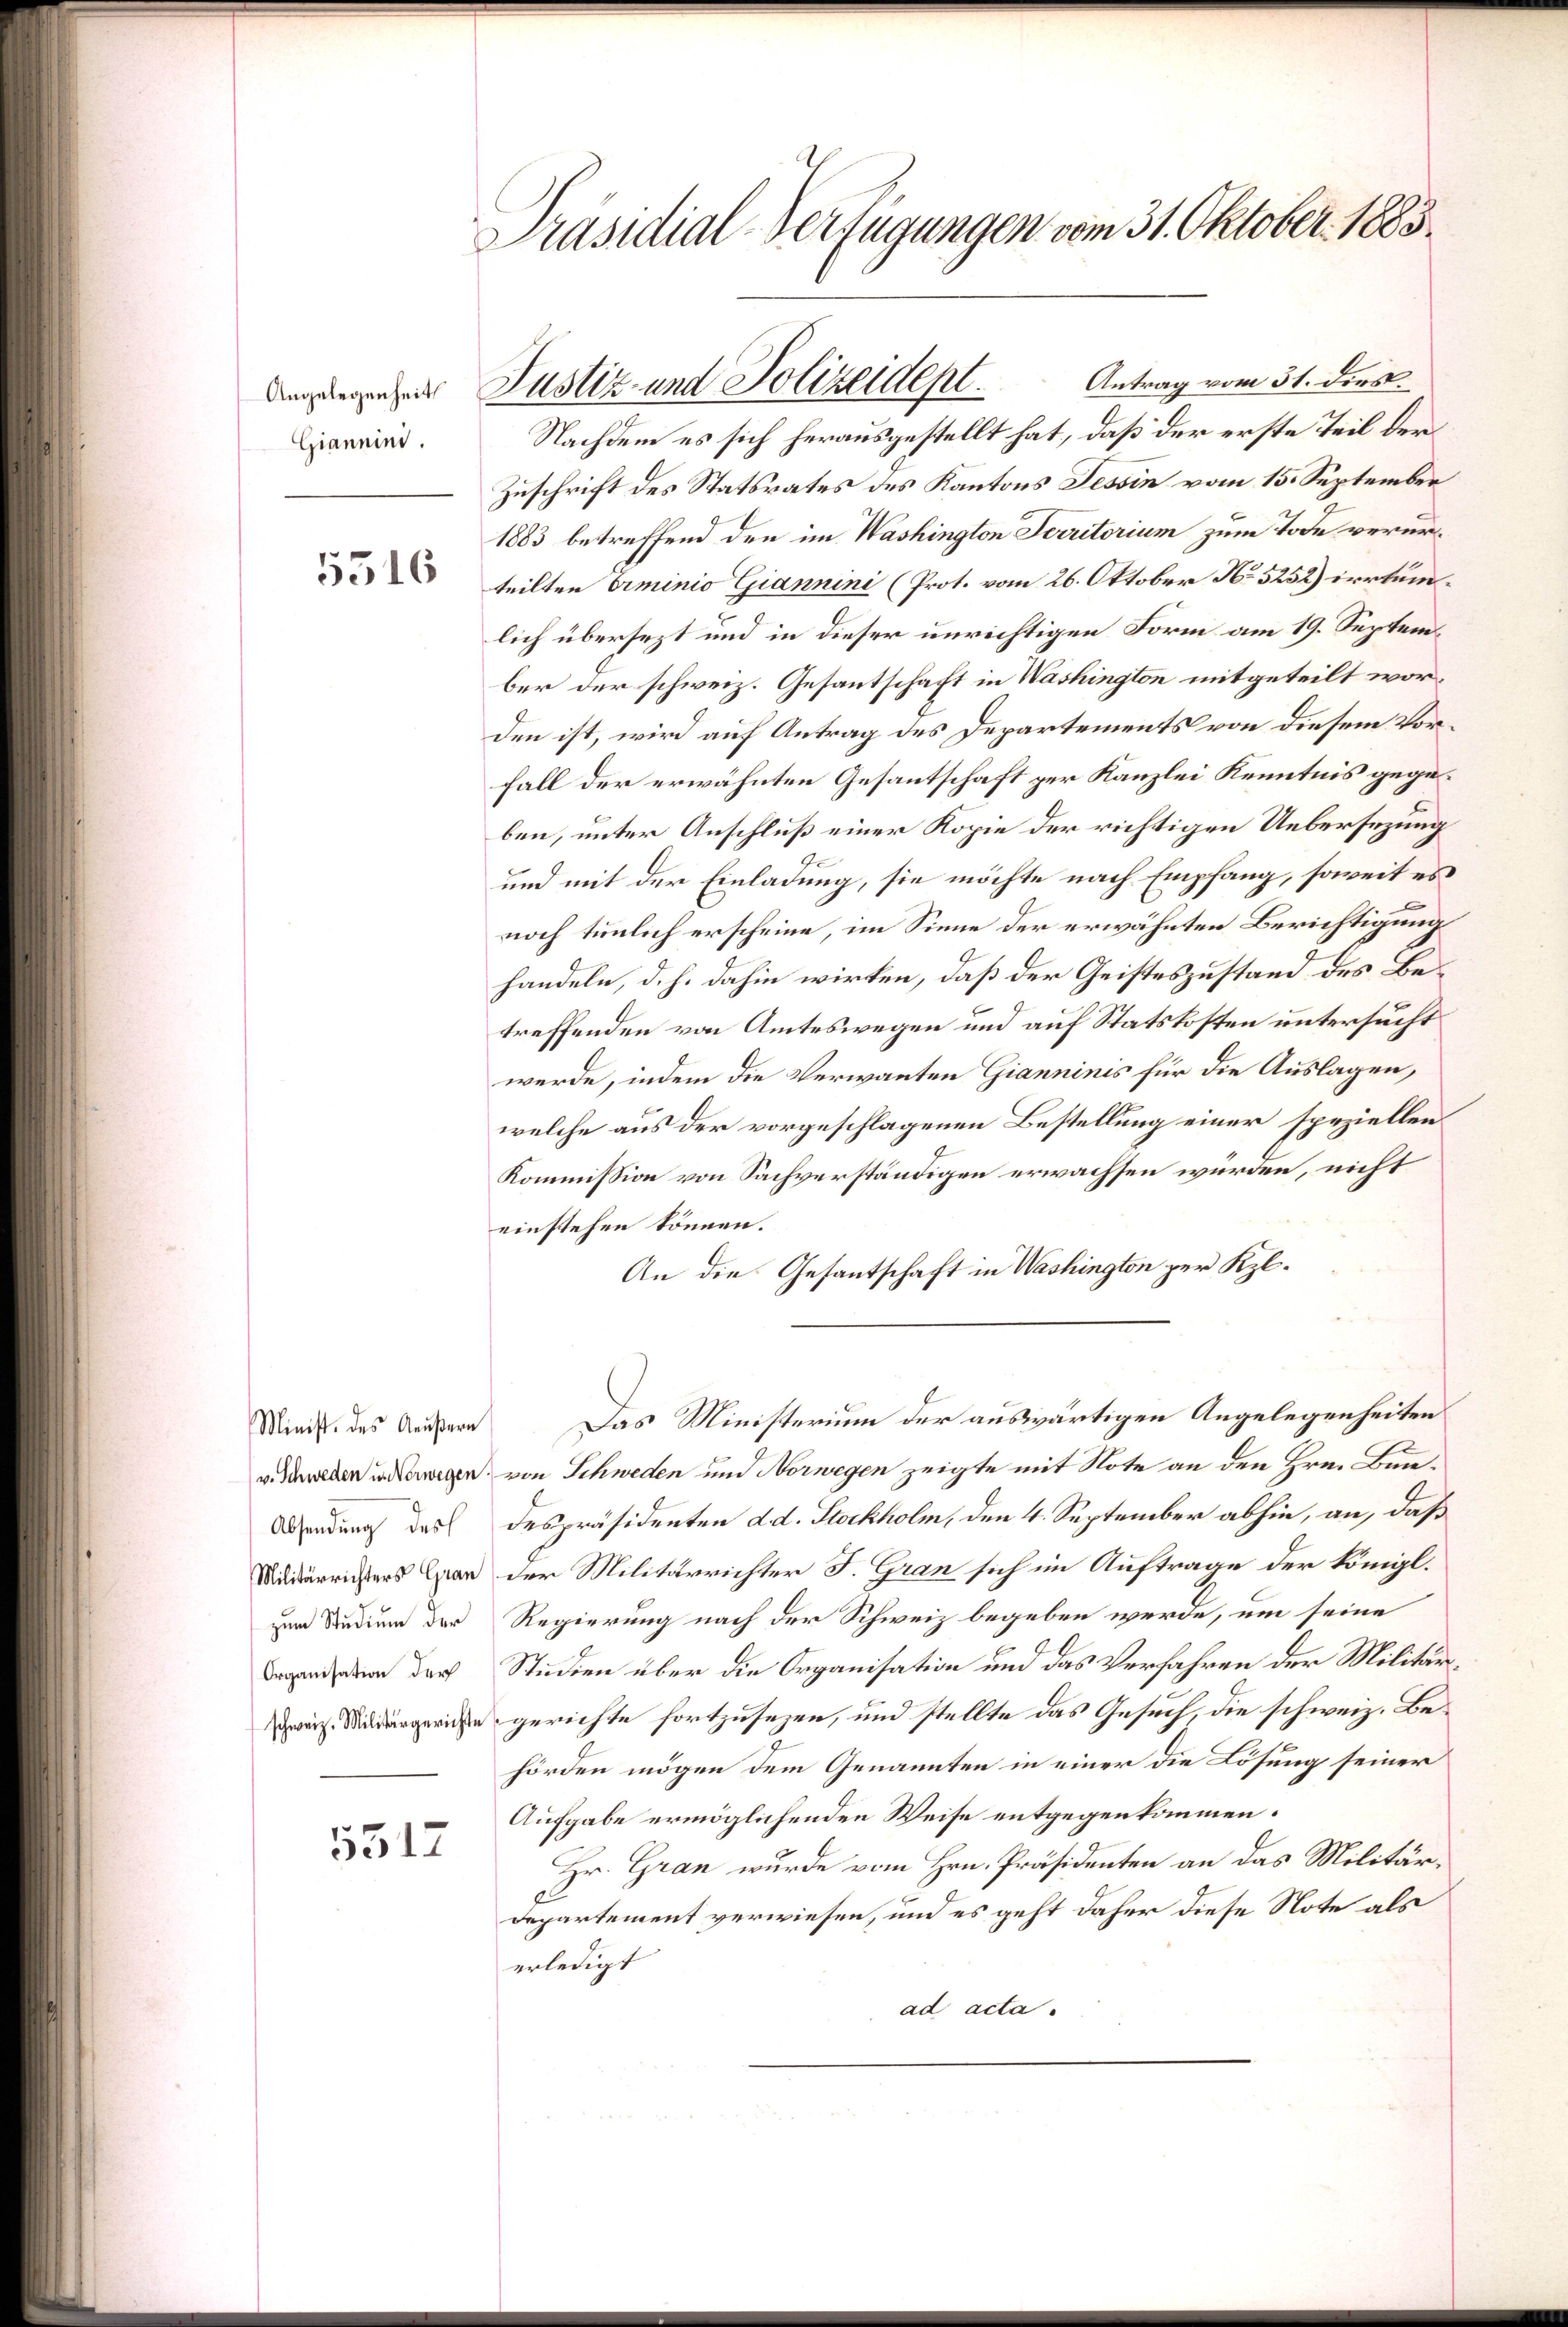
Angelegenheit
Giannini.
5516

Minist. des Aeußern

5512

Präsidial-Verfügungen vom 31. Oktober 1883.

Antrag vom 31. dies
Nachdem es sich herausgestellt hat, daß der erste Teil der
Zuschrift des Statsrates des Kantons Tessin vom 15. September
1883 betreffend den im Washington Serritorium zum Tode verurteilten Criminio Giannini (Prot. vom 26. Oktober No 5252) irrtumlich übersezt und in dieser unrichtigen Form am 19. September der schweiz. Gesantschaft in Washington mitgeteilt worden ist, wird auf Antrag des Departements von diesem Vorfall der erwähnten Gesantschaft zur Kanzlei Kenntnis gegeben, unter Anschluß einer Kopie der richtigen Uebersezung
und mit der Einladung, sie möchte nach Empfang, soweit es
noch tunlich erscheine, im Sinne der erwähnten Berichtigung
handeln, d. h. dahin wirken, daß der Geisteszustand des Betreffenden von Amteswegen und auf Statskosten untersucht
werde, indem die Verwanten Gianninis für die Auslagen,
welche aus der vorgeschlagenen Bestellung einer speziellen
Kommission von Sachverständigen erwachsen würden, nicht
einstehen können.
An die Gesantschaft in Washington zur Kel¬
Das Ministerium der auswärtigen Angelegenheiten
v. Walden in wegen von Schweden und Norwegen zeigte mit Note an den Hrn. Bun¬
Wendung das despräsidenten d. Stockholm, den 4. September abhin, an, daß
Siderrichters an der Militärrichter J. Gran sich im Auftrage der königl.
zum Studium der Regierung nach der Schweiz begeben werde, um seine
nden der Studien über die Organisation und das Verfahren der Militärzwei Widergeriche gerichte fortzusezen, und stellte das Gesuch, die schweiz. Behörden mögen dem Genannten in einer die Lösung seiner
Aufgabe ermöglichenden Weise entgegenkommen.
Hr. Gran wurde vom Hrn. Präsidenten an das Militär¬
Departement verwiesen, und es geht daher diese Note als
erledigt
ad acta.

Justiz- und Polizeidept.